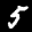
Label: 5